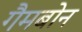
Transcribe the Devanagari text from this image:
गैमबोन